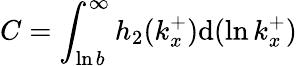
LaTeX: C=\int_{\ln b}^{\infty}h_{2}(k_{x}^{+})\mathrm{d}(\ln k_{x}^{+})